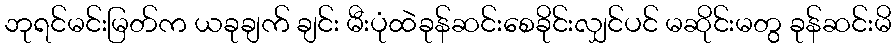
ဘုရင်မင်းမြတ်က ယခုချက် ချင်း မီးပုံထဲခုန်ဆင်းစေခိုင်းလျှင်ပင် မဆိုင်းမတွ ခုန်ဆင်းမိ